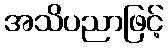
အသိပညာဖြင့်